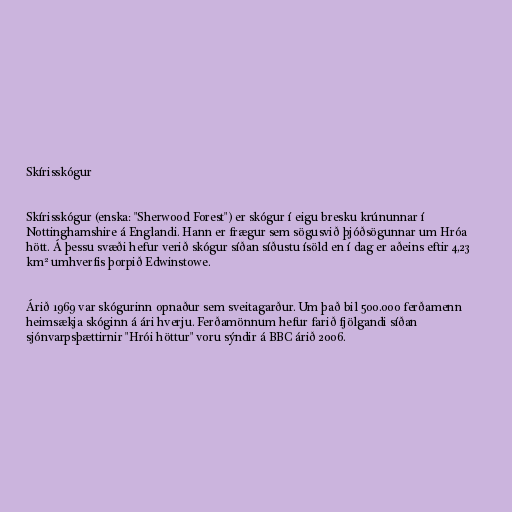
Skírisskógur

Skírisskógur (enska: "Sherwood Forest") er skógur í eigu bresku krúnunnar í
Nottinghamshire á Englandi. Hann er frægur sem sögusvið þjóðsögunnar um Hróa
hött. Á þessu svæði hefur verið skógur síðan síðustu ísöld en í dag er aðeins eftir 4,23
km² umhverfis þorpið Edwinstowe.

Árið 1969 var skógurinn opnaður sem sveitagarður. Um það bil 500.000 ferðamenn
heimsækja skóginn á ári hverju. Ferðamönnum hefur farið fjölgandi síðan
sjónvarpsþættirnir "Hrói höttur" voru sýndir á BBC árið 2006.